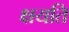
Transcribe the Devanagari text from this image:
क्षयति